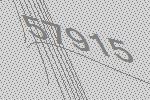
57915